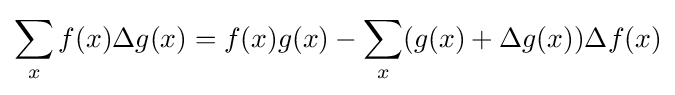
\sum _{x}f(x)\Delta g(x)=f(x)g(x)-\sum _{x}(g(x)+\Delta g(x))\Delta f(x)